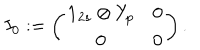
I _ { 0 } : = \left( \begin{array} { c c } { { { \bf 1 } _ { 2 s } \otimes Y _ { p } } } & { { 0 } } \\ { { 0 } } & { { 0 } } \\ \end{array} \right) .